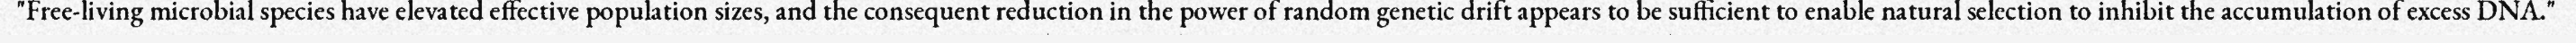
"Free-living microbial species have elevated effective population sizes, and the consequent reduction in the power of random genetic drift appears to be sufficient to enable natural selection to inhibit the accumulation of excess DNA."